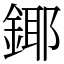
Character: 鎁